Report on the cultivation of protesoma, Labbé, in grey mosquitoes
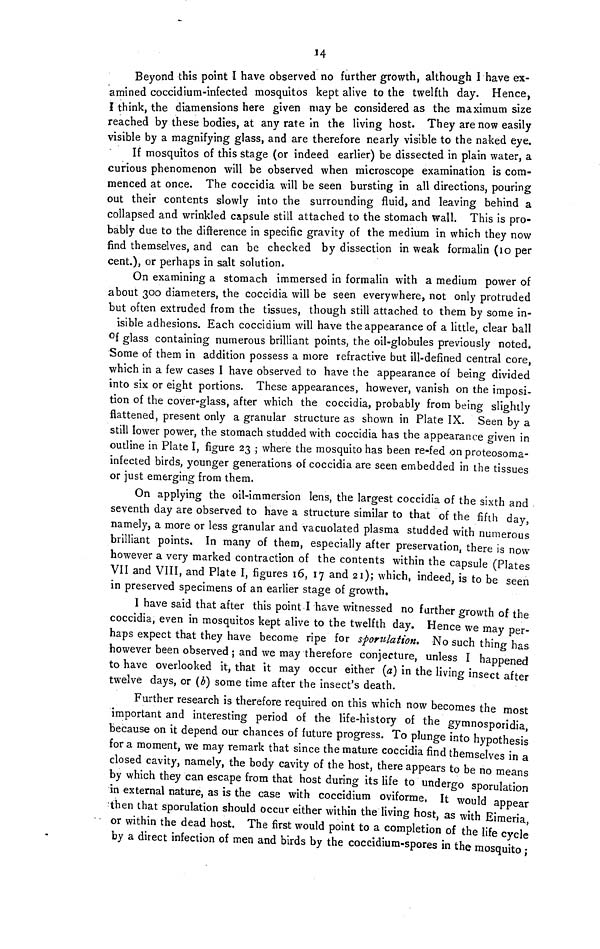
14
Beyond this point I have observed no further growth, although I have ex-
amined coccidium-infected mosquitos kept alive to the twelfth day. Hence,
I think, the diamensions here given may be considered as the maximum size
reached by these bodies, at any rate in the living host. They are now easily
visible by a magnifying glass, and are therefore nearly visible to the naked eye.
If mosquitos of this stage (or indeed earlier) be dissected in plain water, a
curious phenomenon will be observed when microscope examination is com-
menced at once. The coccidia will be seen bursting in all directions, pouring
out their contents slowly into the surrounding fluid, and leaving behind a
collapsed and wrinkled capsule still attached to the stomach wall. This is pro-
bably due to the difference in specific gravity of the medium in which they now
find themselves, and can be checked by dissection in weak formalin (10 per
cent.), or perhaps in salt solution.
On examining a stomach immersed in formalin with a medium power of
about 300 diameters, the coccidia will be seen everywhere, not only protruded
but often extruded from the tissues, though still attached to them by some in-
isible adhesions. Each coccidium will have the appearance of a little, clear ball
of glass containing numerous brilliant points, the oil-globules previously noted.
Some of them in addition possess a more refractive but ill-defined central core,
which in a few cases I have observed to have the appearance oí being divided
into six or eight portions. These appearances, however, vanish on the imposi-
tion of the cover-glass, after which the coccidia, probably from being slightly
flattened, present only a granular structure as shown in Plate IX. Seen by a
still lower power, the stomach studded with coccidia has the appearance given in
outline in Plate I, figure 23 ; where the mosquito has been re-fed on proteosoma-
infected birds, younger generations of coccidia are seen embedded in the tissues
or just emerging from them.
On applying the oil-immersion lens, the largest coccidia of the sixth and
seventh day are observed to have a structure similar to that of the fifth day
namely, a more or less granular and vacuolated plasma studded with numerous
brilliant points. In many of them, especially after preservation, there is now
however a very marked contraction of the contents within the capsule (Plates
VII and VIII, and Plate I, figures 16, 17 and 21); which, indeed, is to be seen
in preserved specimens of an earlier stage of growth.
I have said that after this point I have witnessed no further growth of the
coccidia, even in mosquitos kept alive to the twelfth day. Hence we may per-
haps expect that they have become ripe for sporulation. No such thing has
however been observed ; and we may therefore conjecture, unless I happened
to have overlooked it, that it may occur either (a) in the living insect after
twelve days, or (b) some time after the insect's death.
Further research is therefore required on this which now becomes the most
important and interesting period of the life-history of the gymnosporidia
because on it depend our chances of future progress. To plunge into hypothesis
for a moment, we may remark that since the mature coccidia find themselves in a
closed cavity, namely, the body cavity of the host, there appears to be no means
by which they can escape from that host during its life to undergo sporulation
in external nature, as is the case with coccidium oviforme, It would appear
then that sporulation should occur either within the living host, as with Eimeria
or within the dead host. The first would point to a completion of the life cycle
by a direct infection of men and birds by the coccidium-spores in the mosquito -